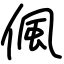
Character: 偑